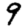
Digit: 9